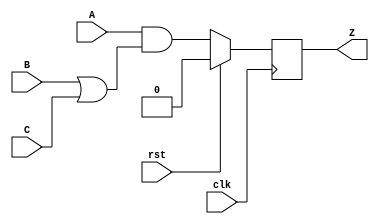
module d_flipflop(A ,B ,C , clk, rst, Z);
    // inputs
    input A, B, C, clk, rst;
    // output
    output Z;

    // internal wires
    wire B_or_C;
    wire A_and_B_or_C;

    // flipflop to store output to be next input
    reg Result_Combinational_Circuit;

    // assignment of logics
    assign B_or_C = B | C;
    assign A_and_B_or_C = A & (B_or_C);

    // always block to store data temporarily in flipflop
    always @(posedge clk) begin
        if (rst == 1'b1) begin
            Result_Combinational_Circuit <= 1'b0;
        end
        else begin
            Result_Combinational_Circuit <= A_and_B_or_C;
        end
    end

    // assignment to final output
    assign Z = Result_Combinational_Circuit;
    
endmodule